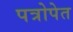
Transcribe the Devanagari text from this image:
पत्रोपेत